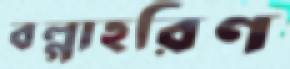
বল্‌গাহরিণ